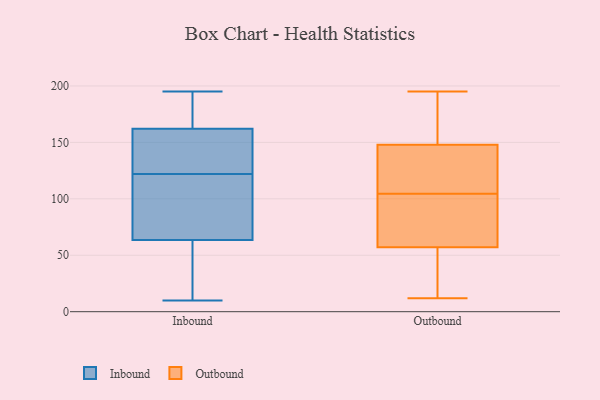
{"axis": {"x": "Population (Million)", "y": "Value"}, "legend": ["Inbound", "Outbound"], "data": [{"x": "", "y": 10, "type": "Inbound"}, {"x": "", "y": 96, "type": "Inbound"}, {"x": "", "y": 195, "type": "Inbound"}, {"x": "", "y": 58, "type": "Inbound"}, {"x": "", "y": 176, "type": "Inbound"}, {"x": "", "y": 134, "type": "Inbound"}, {"x": "", "y": 55, "type": "Inbound"}, {"x": "", "y": 158, "type": "Inbound"}, {"x": "", "y": 179, "type": "Inbound"}, {"x": "", "y": 146, "type": "Inbound"}, {"x": "", "y": 69, "type": "Inbound"}, {"x": "", "y": 38, "type": "Inbound"}, {"x": "", "y": 161, "type": "Inbound"}, {"x": "", "y": 99, "type": "Inbound"}, {"x": "", "y": 70, "type": "Inbound"}, {"x": "", "y": 110, "type": "Inbound"}, {"x": "", "y": 38, "type": "Inbound"}, {"x": "", "y": 168, "type": "Inbound"}, {"x": "", "y": 163, "type": "Inbound"}, {"x": "", "y": 140, "type": "Inbound"}, {"x": "", "y": 145, "type": "Outbound"}, {"x": "", "y": 148, "type": "Outbound"}, {"x": "", "y": 162, "type": "Outbound"}, {"x": "", "y": 12, "type": "Outbound"}, {"x": "", "y": 186, "type": "Outbound"}, {"x": "", "y": 108, "type": "Outbound"}, {"x": "", "y": 134, "type": "Outbound"}, {"x": "", "y": 61, "type": "Outbound"}, {"x": "", "y": 33, "type": "Outbound"}, {"x": "", "y": 101, "type": "Outbound"}, {"x": "", "y": 175, "type": "Outbound"}, {"x": "", "y": 80, "type": "Outbound"}, {"x": "", "y": 195, "type": "Outbound"}, {"x": "", "y": 39, "type": "Outbound"}, {"x": "", "y": 89, "type": "Outbound"}, {"x": "", "y": 26, "type": "Outbound"}, {"x": "", "y": 125, "type": "Outbound"}, {"x": "", "y": 57, "type": "Outbound"}]}